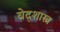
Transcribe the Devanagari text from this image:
वेद्शास्त्र